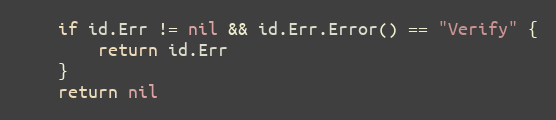
Language: Go
	if id.Err != nil && id.Err.Error() == "Verify" {
		return id.Err
	}
	return nil